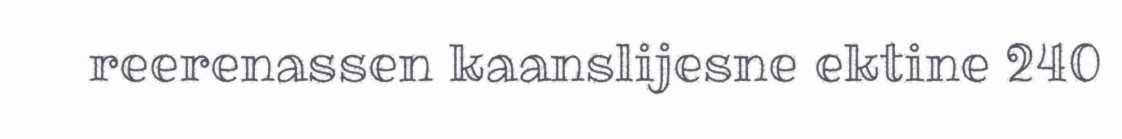
reerenassen kaanslijesne ektine 240